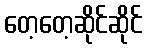
တေ့တေ့ဆိုင်ဆိုင်